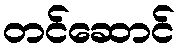
တင်ဆောင်